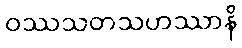
ဝဿသတသဟဿာနိ